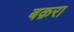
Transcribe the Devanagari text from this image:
बक़रा